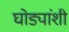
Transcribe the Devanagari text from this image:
घोड्यांशी